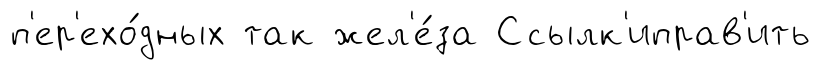
п'ер'ехо́дных так жел'е́за Ссылк'иправ'ить